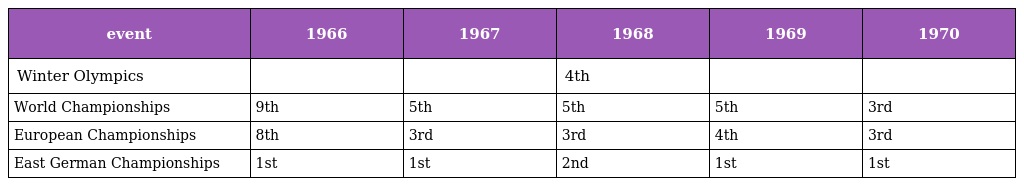
| event | 1966 | 1967 | 1968 | 1969 | 1970 |
 | --- | --- | --- | --- | --- | --- |
 | Winter Olympics |  |  | 4th |  |  |
 | World Championships | 9th | 5th | 5th | 5th | 3rd |
 | European Championships | 8th | 3rd | 3rd | 4th | 3rd |
 | East German Championships | 1st | 1st | 2nd | 1st | 1st |